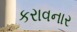
કરાવનાર